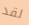
لقد